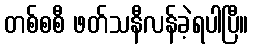
တစ်စစီ ဖတ်သနီလန်ခဲ့ရပါပြီ။